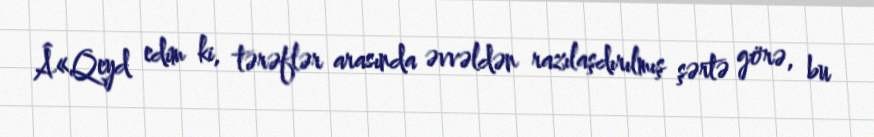
Â«Qeyd edim ki, tərəflər arasında əvvəldən razılaşdırılmış şərtə görə, bu